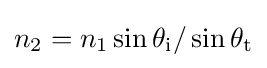
n_{2}=n_{1}\sin \theta _{\text{i}}/\sin \theta _{\text{t}}